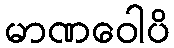
မာဏဝေါပိ